Civil Veterinary Dept. North-West Frontier Province 1901-22 - 1901-1922
Year: 1901
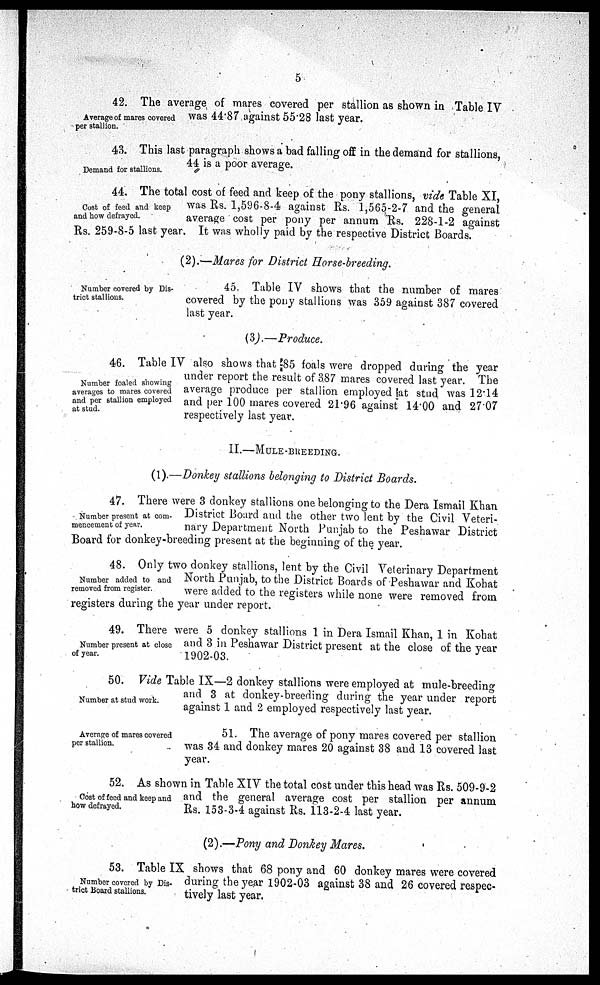
5
Average of mares covered
per stallion.
42. The average of mares covered per stallion as shown in Table IV
was 44.87 against 55.28 last year.
Demand for stallions.
43. This last paragraph shows a bad falling off in the demand for stallions,
44 is a poor average.
Cost of feed and keep
and how defrayed.
44. The total cost of feed and keep of the pony stallions, vide Table XI,
was Rs. 1,596-8-4 against Rs. 1,565-2-7 and the general
average cost per pony per annum Rs. 228-1-2 against
Rs. 259-8-5 last year. It was wholly paid by the respective District Boards.
(2).—Mares for District Horse-breeding.
Number covered by Dis-
trict stallions.
45. Table IV shows that the number of mares
covered by the pony stallions was 359 against 387 covered
last year.
(3).—Produce.
Number foaled showing
averages to mares covered
and per stallion employed
at stud.
46. Table IV also shows that 85 foals were dropped during the year
under report the result of 387 mares covered last year. The
average produce per stallion employed at stud was 12.14
and per 100 mares covered 21.96 against 14.00 and 27.07
respectively last year.
II.—MULE-BREEDING.
(1).—Donkey stallions belonging to District Boards.
Number present at com-
mencement of year.
47. There were 3 donkey stallions one belonging to the Dera Ismail Khan
District Board and the other two lent by the Civil Veteri-
nary Department North Punjab to the Peshawar District
Board for donkey-breeding present at the beginning of the year.
Number added to and
removed from register.
48. Only two donkey stallions, lent by the Civil Veterinary Department
North Punjab, to the District Boards of Peshawar and Kohat
were added to the registers while none were removed from
registers during the year under report.
Number present at close
of year.
49. There were 5 donkey stallions 1 in Dera Ismail Khan, 1 in Kohat
and 3 in Peshawar District present at the close of the year
1902-03.
Number at stud work.
50. Vide Table IX—2 donkey stallions were employed at mule-breeding
and 3 at donkey-breeding during the year under report
against 1 and 2 employed respectively last year.
Average of mares covered
per stallion.
51. The average of pony mares covered per stallion
was 34 and donkey mares 20 against 38 and 13 covered last
year.
Cost of feed and keep and
how defrayed.
52. As shown in Table XIV the total cost under this head was Rs. 509-9-2
and the general average cost per stallion per annum
Rs. 153-3-4 against Rs. 113-2-4 last year.
(2).—Pony and Donkey Mares.
Number covered by Dis-
trict Board stallions.
53. Table IX shows that 68 pony and 60 donkey mares were covered
during the year 1902-03 against 38 and 26 covered respec-
tively last year.